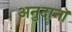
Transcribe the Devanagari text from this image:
अनुदानॉ